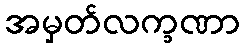
အမှတ်လက္ခဏာ